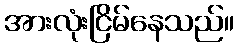
အားလုံးငြိမ်နေသည်။